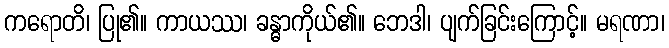
ကရောတိ၊ ပြု၏။ ကာယဿ၊ ခန္ဓာကိုယ်၏။ ဘေဒါ၊ ပျက်ခြင်းကြောင့်။ မရဏာ၊